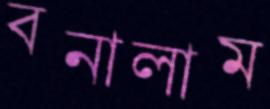
বনালাম